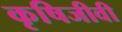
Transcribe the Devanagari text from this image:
कृषिजीवी